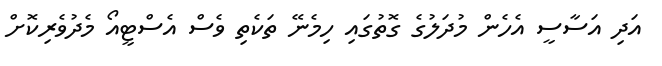
އަދި އަސާސީ އެހެން މުދަލުގެ ގޮތުގައި ހިމެނޭ ތަކެތި ވެސް އެސްޓީއޯ މެދުވެރިކޮށް